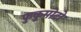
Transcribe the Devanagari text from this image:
फुकुमोटो